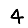
Digit: 4